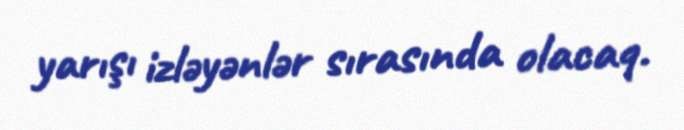
yarışı izləyənlər sırasında olacaq.